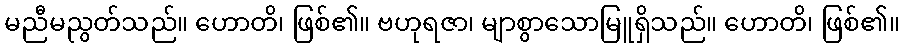
မညီမညွတ်သည်။ ဟောတိ၊ ဖြစ်၏။ ဗဟုရဇာ၊ မျာစွာသောမြူရှိသည်။ ဟောတိ၊ ဖြစ်၏။